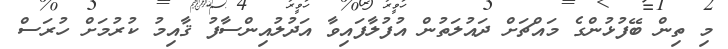
މި ތިން ބޭފުޅުންގެ މައްޗަށް ދައުލަތުން އުފުލާފައިވާ އަދުލުއިންސާފު ޤާއިމު ކުރުމަށް ހުރަސް